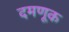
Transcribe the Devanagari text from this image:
दमणूक